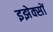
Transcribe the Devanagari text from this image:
इझेक्सों